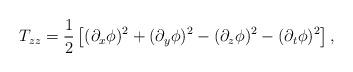
LaTeX: \begin{align*}T_{zz}={1\over 2} \left[ (\partial_x\phi)^2+(\partial_y\phi)^2-(\partial_z\phi)^2-(\partial_t\phi)^2 \right],\end{align*}